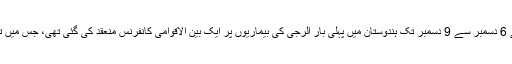
ایسی بیماریوں پر زیادہ توجہ دینے کے مقصد سے چند برس پہلے 6 دسمبر سے 9 دسمبر تک ہندوستان میں پہلی بار الرجی کی بیماریوں پر ایک بین الاقوامی کانفرنس منعقد کی گئی تھی، جس میں تقریباً 30 ممالک کے 90 ما ہرینِ ما حولیات نے شرکت کی تھی۔